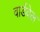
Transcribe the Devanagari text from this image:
वार्डवेल